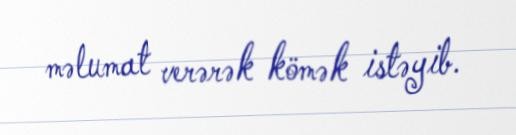
məlumat verərək kömək istəyib.